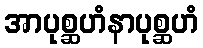
အာပုစ္ဆဟံနာပုစ္ဆဟံ